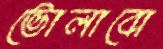
ভোলাবো